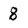
Character: 8